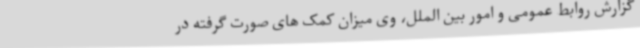
گزارش روابط عمومی و امور بین الملل، وی میزان کمک های صورت گرفته در